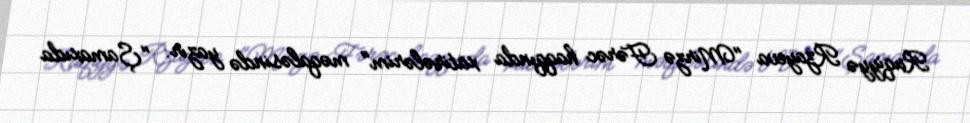
Ruqiyyə Rzayeva "Mirzə Fərəc haqqında xatirələrim" məqaləsində yazır: "Şamaxıda